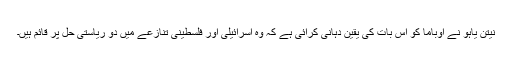
نیتن یاہو نے اوباما کو اس بات کی یقین دہانی کرائی ہے کہ وہ اسرائیلی اور فلسطینی تنازعے میں دو ریاستی حل پر قائم ہیں۔